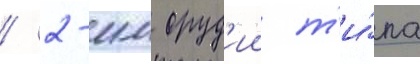
/ 2-мм оруд'ии т'и́па